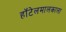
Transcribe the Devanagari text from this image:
हॉटेलमालकाला